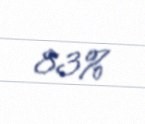
83%